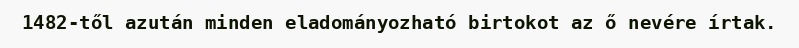
1482-től azután minden eladományozható birtokot az ő nevére írtak.